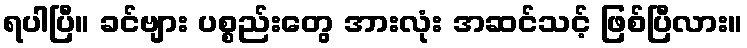
ရပါပြီ။ ခင်ဗျား ပစ္စည်းတွေ အားလုံး အဆင်သင့် ဖြစ်ပြီလား။